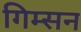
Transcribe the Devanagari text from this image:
गिम्सन